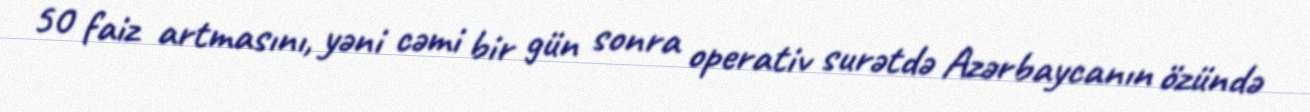
50 faiz artmasını, yəni cəmi bir gün sonra operativ surətdə Azərbaycanın özündə